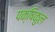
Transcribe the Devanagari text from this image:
पक्षिकुल